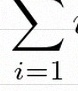
\sum_{i=1}